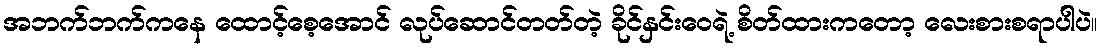
အဘက်ဘက်ကနေ ထောင့်စေ့အောင် လုပ်ဆောင်တတ်တဲ့ ခိုင်နှင်းဝေရဲ့ စိတ်ထားကတော့ လေးစားစရာပါပဲ။